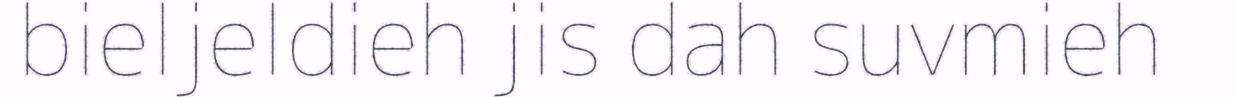
bieljeldieh jis dah suvmieh